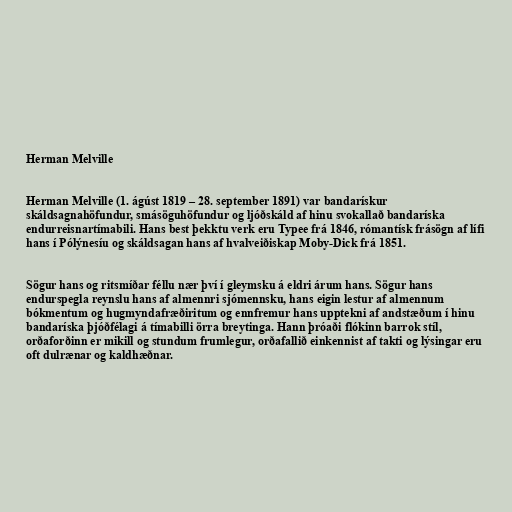
Herman Melville

Herman Melville (1. ágúst 1819 – 28. september 1891) var bandarískur
skáldsagnahöfundur, smásöguhöfundur og ljóðskáld af hinu svokallað bandaríska
endurreisnartímabili. Hans best þekktu verk eru Typee frá 1846, rómantísk frásögn af lífi
hans í Pólýnesíu og skáldsagan hans af hvalveiðiskap Moby-Dick frá 1851.

Sögur hans og ritsmíðar féllu nær því í gleymsku á eldri árum hans. Sögur hans
endurspegla reynslu hans af almennri sjómennsku, hans eigin lestur af almennum
bókmentum og hugmyndafræðiritum og ennfremur hans upptekni af andstæðum í hinu
bandaríska þjóðfélagi á tímabilli örra breytinga. Hann þróaði flókinn barrok stíl,
orðaforðinn er mikill og stundum frumlegur, orðafallið einkennist af takti og lýsingar eru
oft dulrænar og kaldhæðnar.